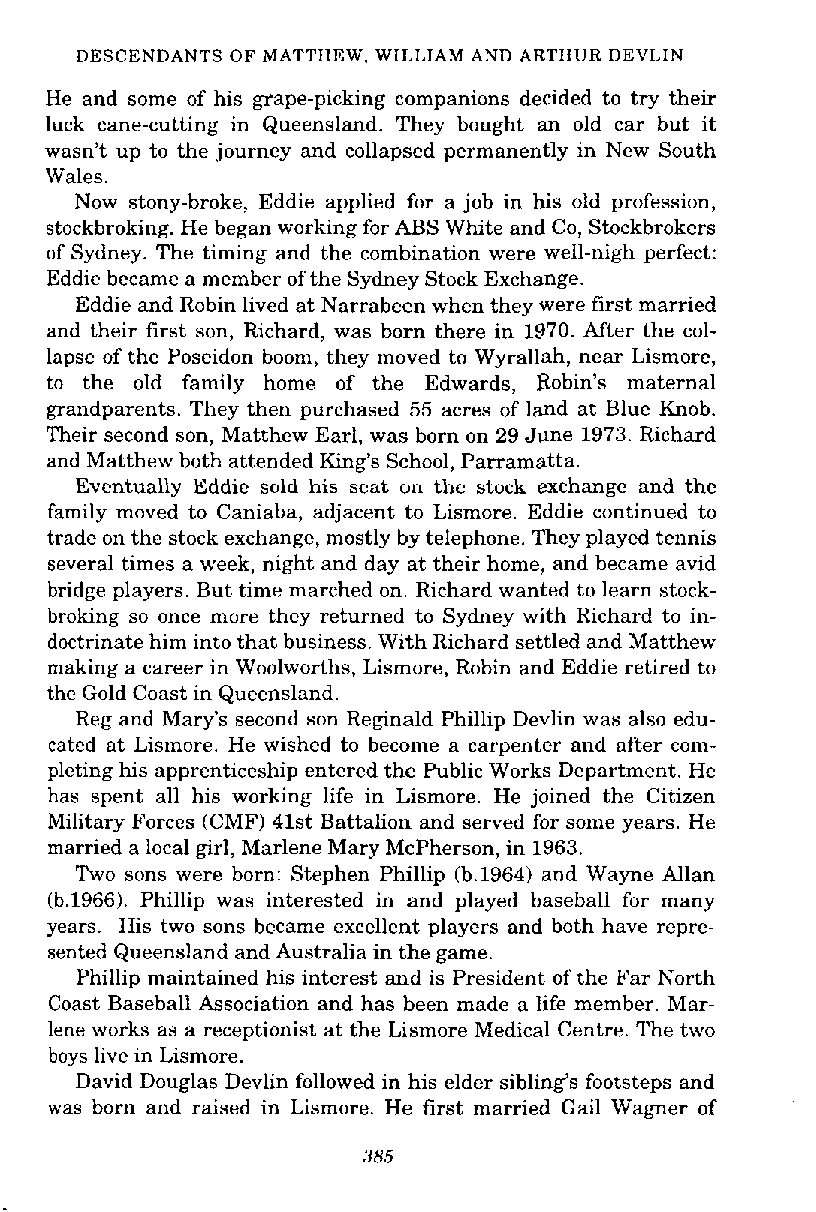
DESCENDANTS OF MATTHEW, WILLIAM AND ARTHUR DEVLIN
 He and some of his grape-picking companions decided to try their
 luck cane-cutting in Queensland. They bought an old car but it
 wasn't up to the journey and collapsed permanently in New South
 Wales.
 Now stony-broke, Eddie applied for a job in his old profession,
 stockbroking. He began working for ABS White and Co, Stockbrokers
 of Sydney. The timing and the combination were well-nigh perfect:
 Eddie became a member of the Sydney Stock Exchange.
 Eddie and Robin lived at Narrabeen when they were first married
 and their first son, Richard, was born there in 1970. After the col-
 lapse of the Poseidon boom, they moved to Wyrallah, near Lismore,
 to the old family home of the Edwards, Robin's maternal
 grandparents. They then purchased 55 acres of land at Blue Knob.
 Their second son, Matthew Earl, was born on 29 June 1973. Richard
 and Matthew both attended King's School, Parramatta.
 Eventually Eddie sold his seat on the stock exchange and the
 family moved to Caniaba, adjacent to Lismore. Eddie continued to
 trade on the stock exchange, mostly by telephone. They played tennis
 several times a week, night and day at their home, and became avid
 bridge players. But time marched on. Richard wanted to learn stock-
 broking so once more they returned to Sydney with Richard to in-
 doctrinate him into that business. With Richard settled and Matthew
 making a career in Woolworths, Lismore, Robin and Eddie retired to
 the Gold Coast in Queensland.
 Reg and Mary's second son Reginald Phillip Devlin was also edu-
 cated at Lismore. He wished to become a carpenter and after com-
 pleting his apprenticeship entered the Public Works Department. He
 has spent all his working life in Lismore. He joined the Citizen
 Military Forces (CMF) 41st Battalion and served for some years. He
 married a local girl, Marlene Mary McPherson, in 1963.
 Two sons were born: Stephen Phillip (b.1964) and Wayne Allan
 (b.1966). Phillip was interested in and played baseball for many
 years. His two sons became excellent players and both have repre-
 sented Queensland and Australia in the game.
 Phillip maintained his interest and is President of the Far North
 Coast Baseball Association and has been made a life member. Mar-
 lene works as a receptionist at the Lismore Medical Centre. The two
 boys live in Lismore.
 David Douglas Devlin followed in his elder sibling's footsteps and
 was born and raised in Lismore. He first married Gail Wagner of